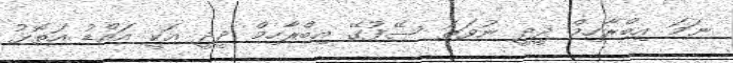
ނަމަ އިބްރާހިމް ދީދީ ނުވަތަ ސޭފުގޭ އިބްރާހިމް ދީދީ އަކީ އައްޑު އަތޮޅު